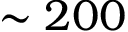
\sim 2 0 0